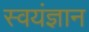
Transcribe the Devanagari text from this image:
स्वयंज्ञान